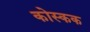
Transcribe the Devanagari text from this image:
कोस्कक